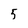
Character: 5